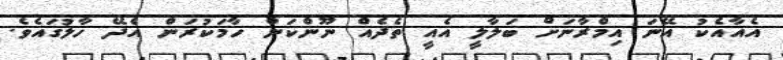
އެއާއެކު އޭނަ އިމްރާނަށް ބަލާލީ އެއީ ތެދެއް ނޫންކަން ހާމަކުރަން އެދޭ ހާލުގައެވެ.